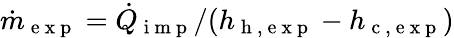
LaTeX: \dot{m}_{\mathrm{~e~x~p~}}=\dot{Q}_{\mathrm{~i~m~p~}}/(h_{\mathrm{~h~,~e~x~p~}}-h_{\mathrm{~c~,~e~x~p~}})